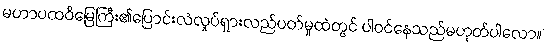
မဟာပထဝီမြေကြီး၏ပြောင်းလဲလှုပ်ရှားလည်ပတ်မှုထဲတွင် ပါဝင်နေသည်မဟုတ်ပါလော။